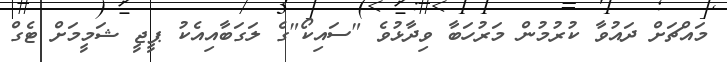
މައްޗަށް ދައުވާ ކުރުމުން މަރުހަބާ ވިދާޅުވެ "ސައިކޯ"ގެ ލަގަބާއިއެކު ޕީޖީ ޝަމީމަށް ޓެގް